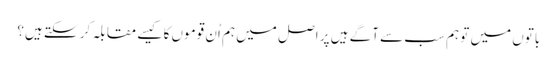
باتوں میں تو ہم سب سے آگے ہیں پر اصل میں ہم اُن قوموں کا کیسے مقابلہ کر سکتے ہیں؟